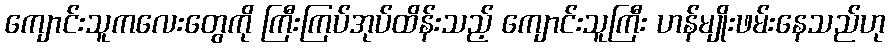
ကျောင်းသူကလေးတွေကို ကြီးကြပ်အုပ်ထိန်းသည့် ကျောင်းသူကြီး ဟန်မျိုးဖမ်းနေသည်ဟု